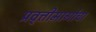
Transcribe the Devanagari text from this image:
प्रवृत्तीमार्गाचा